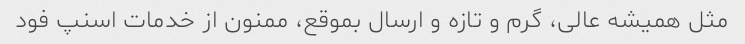
مثل همیشه عالی، گرم و تازه و ارسال بموقع، ممنون از خدمات اسنپ فود